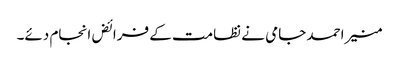
منیر احمد جامی نے نظامت کے فرائض انجام دئے۔